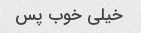
خیلی خوب پس